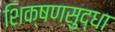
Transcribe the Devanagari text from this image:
शिक्षणसुद्धा